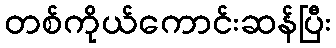
တစ်ကိုယ်ကောင်းဆန်ပြီး